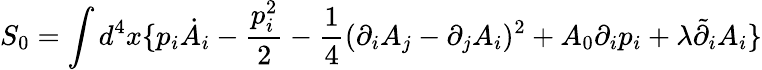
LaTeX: S_{0}=\int d^{4}x\{ p_{i}\dot{A}_{i}-\frac{p_{i}^{2}}{2}-\frac{1}{4}(\partial_{i}A_{j}-\partial_{j}A_{i})^{2}+A_{0}\partial_{i}p_{i}+\lambda\tilde{\partial}_{i}A_{i}\}